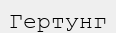
Гертунг